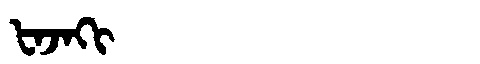
Manchu: ᡶᠠᠵᠠᡴᡳ
Romanization: FAJAKI